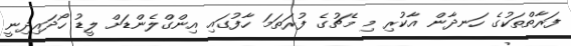
ފަރާތްތަކުގެ ހަނދާން އާކުރި މި މެޗުގެ ފުރަތަމަ ހާފުގައި އިންގްލެންޑަށް ލީޑު ހޯދައިދިނީ